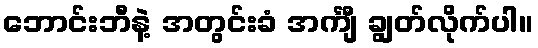
ဘောင်းဘီနဲ့ အတွင်းခံ အင်္ကျီ ချွတ်လိုက်ပါ။